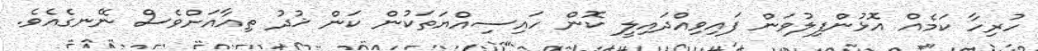
ހުރިހާ ކަމެއް އޮޅުންފިލުވަން ފައިވިއްދައިލީ ކޮން ހައިސިއްޔަތަކުން ކަން ޚުދު ތިއާއަށްވެސް ނޭނގެއެވެ.